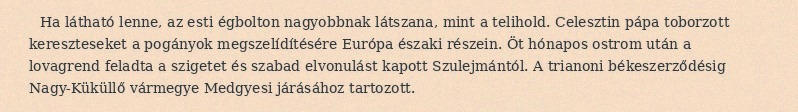
Ha látható lenne, az esti égbolton nagyobbnak látszana, mint a telihold. Celesztin pápa toborzott kereszteseket a pogányok megszelídítésére Európa északi részein. Öt hónapos ostrom után a lovagrend feladta a szigetet és szabad elvonulást kapott Szulejmántól. A trianoni békeszerződésig Nagy-Küküllő vármegye Medgyesi járásához tartozott.